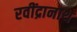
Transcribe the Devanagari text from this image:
रवींद्रानाथ